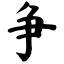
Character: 争